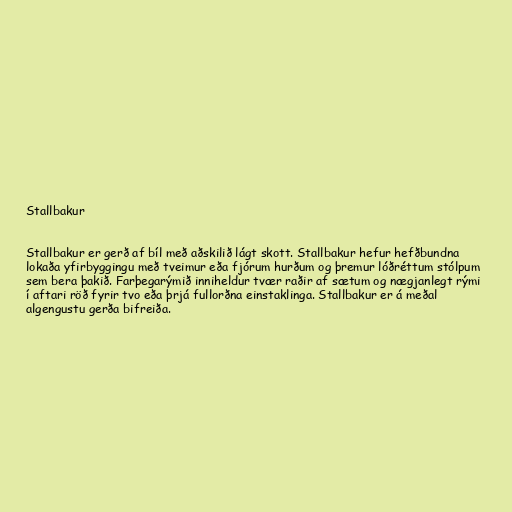
Stallbakur

Stallbakur er gerð af bíl með aðskilið lágt skott. Stallbakur hefur hefðbundna
lokaða yfirbyggingu með tveimur eða fjórum hurðum og þremur lóðréttum stólpum
sem bera þakið. Farþegarýmið inniheldur tvær raðir af sætum og nægjanlegt rými
í aftari röð fyrir tvo eða þrjá fullorðna einstaklinga. Stallbakur er á meðal
algengustu gerða bifreiða.